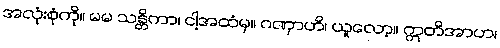
အလုံးစုံကို။ မမ သန္တိကာ၊ ငါ့အထံမှ။ ဂဏှာဟိ၊ ယူလော့။ ဣတိအာဟ၊